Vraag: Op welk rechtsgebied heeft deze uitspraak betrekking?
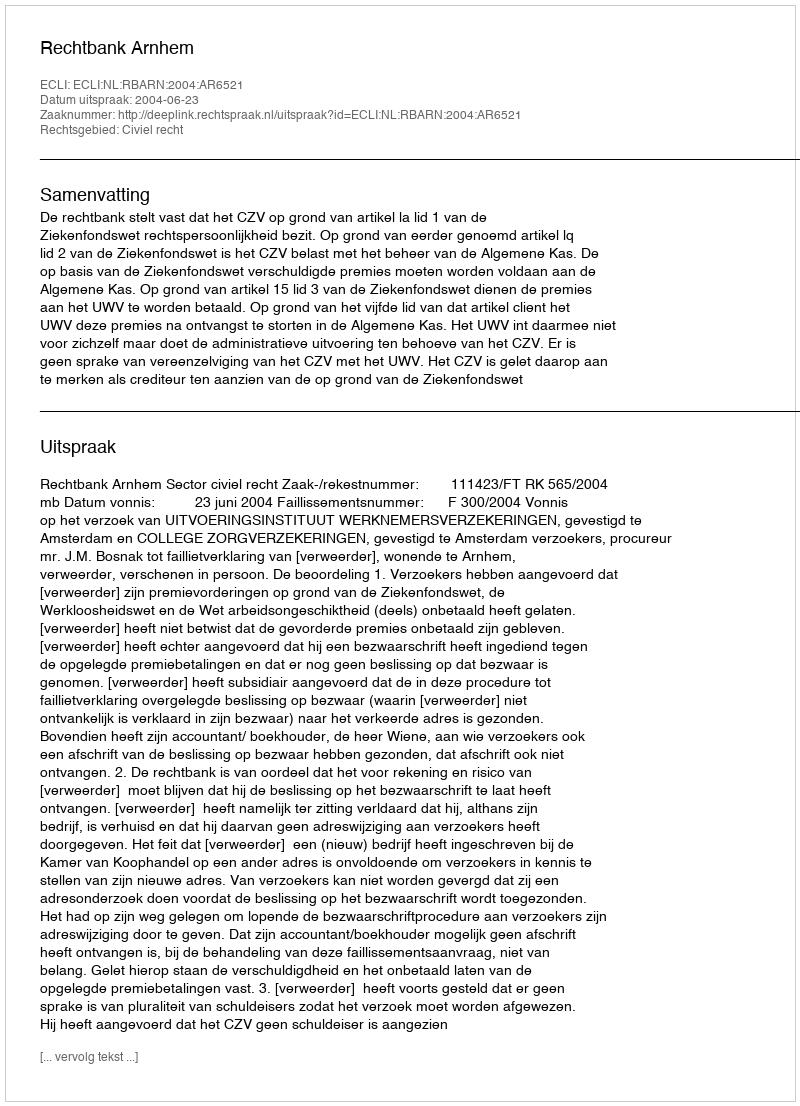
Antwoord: Civiel recht